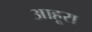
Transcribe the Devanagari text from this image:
आहूरा